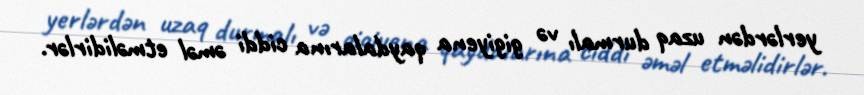
yerlərdən uzaq durmalı və gigiyena qaydalarına ciddi əməl etməlidirlər.